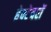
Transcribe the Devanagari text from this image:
हेक्टेयरों